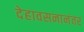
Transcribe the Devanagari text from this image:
देहावसनानंतर